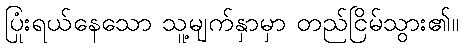
ပြုံးရယ်နေသော သူ့မျက်နှာမှာ တည်ငြိမ်သွား၏။